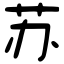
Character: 苏